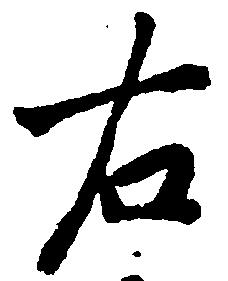
右